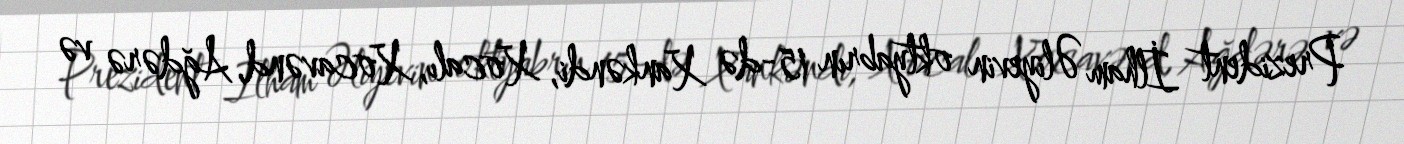
Prezident İlham Əliyevin oktyabrın 15-də Xankəndi, Xocalı, Xocavənd, Ağdərə və